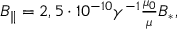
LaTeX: \begin{array} { c } { { B _ { \parallel } = 2 , 5 \cdot 1 0 ^ { - 1 0 } \gamma ^ { - 1 } { \frac { \mu _ { 0 } } { \mu } } B _ { * } , } } \end{array}